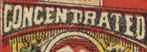
CONCENTRATED